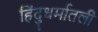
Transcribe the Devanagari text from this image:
हिंदुधर्मातली